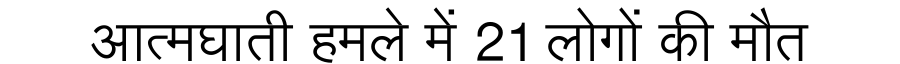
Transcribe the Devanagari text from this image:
आत्मघाती हमले में 21 लोगों की मौत